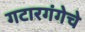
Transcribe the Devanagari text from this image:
गटारगंगेचे